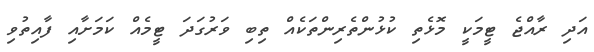
އަދި ރާއްޖެ ޓީމަކީ މޮޅެތި ކުޅުންތެރިންތަކެއް ތިބި ވަރުގަދަ ޓީމެއް ކަމަށާއި ފާއިތުވި